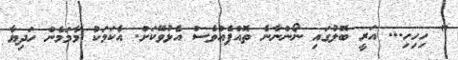
" ހިހިހި... އަރީ ބޮލުގައި ނޯންނާނެ ތޮއްޕެއްވެސް އެޅުވޭކަށް. އެކަމަކު މާމަމެން ހަދިޔާ